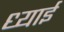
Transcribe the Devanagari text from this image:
ध्याई